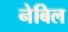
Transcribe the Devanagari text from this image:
नेबिल